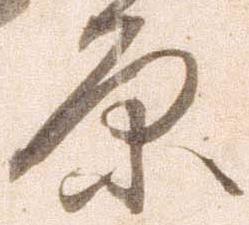
原